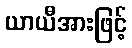
ယာယီအားဖြင့်